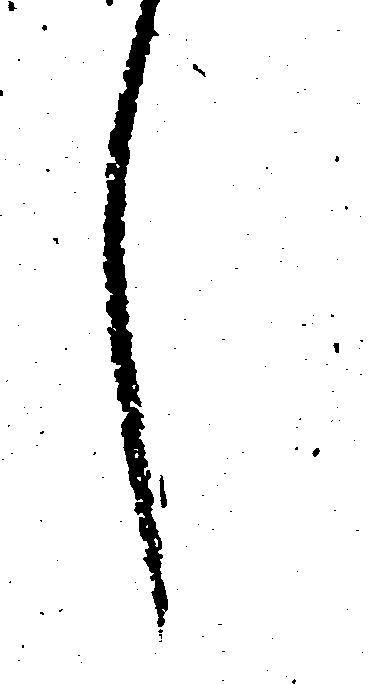
し